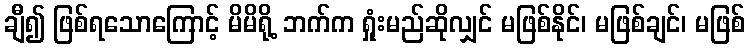
ချီ၍ ဖြစ်ရသောကြောင့် မိမိရို့ ဘက်က ရှုံးမည်ဆိုလျှင် မဖြစ်နိုင်၊ မဖြစ်ချင်၊ မဖြစ်